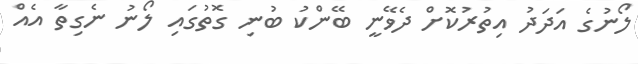
ލޯނުގެ އަދަދު އިތުރުކޮށް ދެވޭނީ ބޭންކު ބުނި ގޮތުގައި ލޯނު ނެގިތާ އެއް